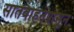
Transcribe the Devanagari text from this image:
सातवाहनपासून